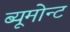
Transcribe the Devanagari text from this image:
ब्यूमोन्ट